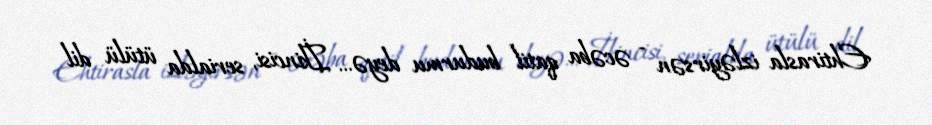
Ehtirasla izləyirsən - əcəba qatil budurmu deyə… İkincisi, serialda ütülü dil